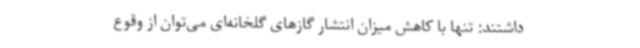
داشتند: تنها با کاهش میزان انتشار گازهای گلخانه‌ای می‌توان از وقوع